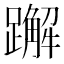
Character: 𬧕